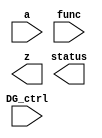
module DW_lp_multifunc_DG( a, func, DG_ctrl, z, status );

parameter integer op_width = 24;
parameter integer func_select = 127;

input [op_width : 0] a;
input [15 : 0] func;
input DG_ctrl;

output [op_width+1 : 0] z;
output status;

// synopsys translate_off

wire [op_width+1 : 0] z_temp;
wire status_temp;

// Instance of DW_lp_multifunc
DW_lp_multifunc #(op_width, func_select) U1 (
                    .a(a),
                    .func(func),
                    .z(z_temp),
                    .status(status_temp) 
);

assign z = (DG_ctrl) ? z_temp : {(op_width + 2){1'bX}};
assign status = (DG_ctrl) ? status_temp : 1'bX;

// synopsys translate_on

endmodule